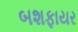
બશફાયર